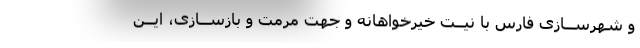
و شهرســازی فارس با نیــت خیرخواهانه و جهت مرمت و بازســازی، ایــن